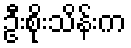
ဦးစိုးသိန်းက